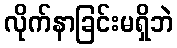
လိုက်နာခြင်းမရှိဘဲ